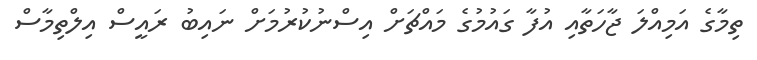
ތިމާގެ އަމިއްލަ ޖާހަތާއި އުފާ ގައުމުގެ މައްޗަށް އިސްނުކުރުމަށް ނައިބު ރައީސް އިލްތިމާސް